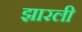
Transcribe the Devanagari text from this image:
झारली